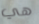
هي